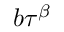
b \tau ^ { \beta }